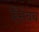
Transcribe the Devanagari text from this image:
हिंसेचेच